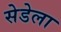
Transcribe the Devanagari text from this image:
सेडेला